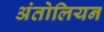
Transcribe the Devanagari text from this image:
अंतोलियन